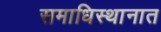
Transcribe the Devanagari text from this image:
समाधिस्थानात